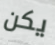
يكن